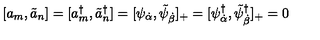
[ a _ { m } , \tilde { a } _ { n } ] = [ a _ { m } ^ { \dagger } , \tilde { a } _ { n } ^ { \dagger } ] = [ \psi _ { \dot { \alpha } } , \tilde { \psi } _ { \dot { \beta } } ] _ { + } = [ \psi _ { \dot { \alpha } } ^ { \dagger } , \tilde { \psi } _ { \dot { \beta } } ^ { \dagger } ] _ { + } = 0